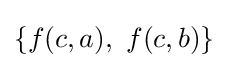
\{f(c,a),\ f(c,b)\}